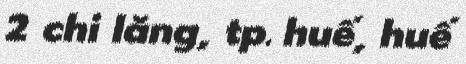
2 chi lăng, tp. huế, huế